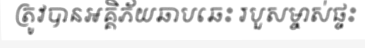
ត្រូវបានអគ្គិភ័យឆាបឆេះ របួសម្ចាស់ផ្ទះ